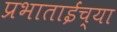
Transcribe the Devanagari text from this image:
प्रभाताईंच्या